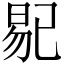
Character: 𱢅